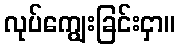
လုပ်ကျွေးခြင်းငှာ။